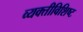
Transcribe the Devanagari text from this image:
व्यक्तीविशिष्ट